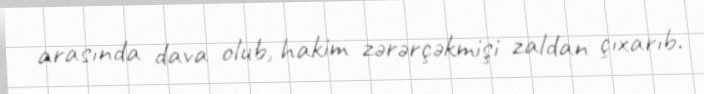
arasında dava olub, hakim zərərçəkmişi zaldan çıxarıb.